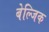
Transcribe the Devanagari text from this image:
बेल्जिक